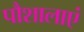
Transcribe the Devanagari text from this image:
पौशालाएं